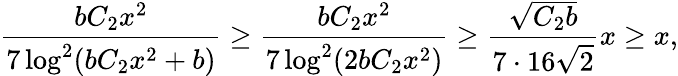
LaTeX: \frac{bC_{2}x^{2}}{7\log^{2}(bC_{2}x^{2}+b)}\geq\frac{bC_{2}x^{2}}{7\log^{2}(2bC_{2}x^{2})}\geq\frac{\sqrt{C_{2}b}}{7\cdot 16\sqrt{2}}x\geq x,